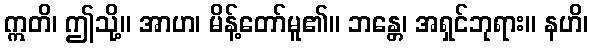
ဣတိ၊ ဤသို့။ အာဟ၊ မိန့်တော်မူ၏။ ဘန္တေ၊ အရှင်ဘုရား။ နဟိ၊